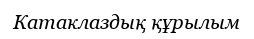
Катаклаздық құрылым